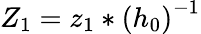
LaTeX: Z_{1}=z_{1}*\left(h_{0}\right)^{-1}